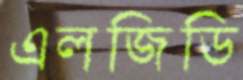
এলজিডি